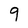
Character: 9